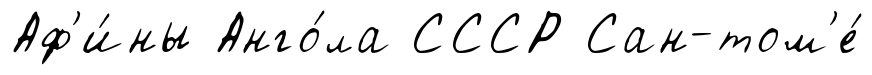
Аф'и́ны Анго́ла СССР Сан-том'е́